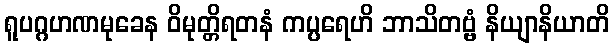
ရူပဂ္ဂဟဏမုခေန ဝိမုတ္တိရတနံ ကပ္ပရေဟိ ဘာသိတဗ္ဗံ နိယျာနိယာတိ